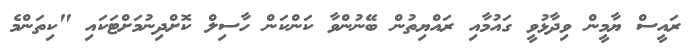
ރައީސް ޔާމީން ވިދާޅުވީ ގައުމާއި ރައްޔިތުން ބޭނުންވާ ކަންކަން ހާސިލް ކޮށްދިނުމަށްޓަކައި "ކިތަންމެ